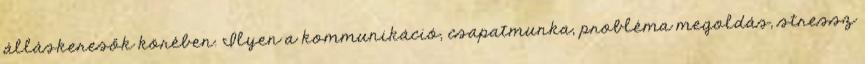
álláskeresők körében. Ilyen a kommunikáció, csapatmunka, probléma megoldás, stressz